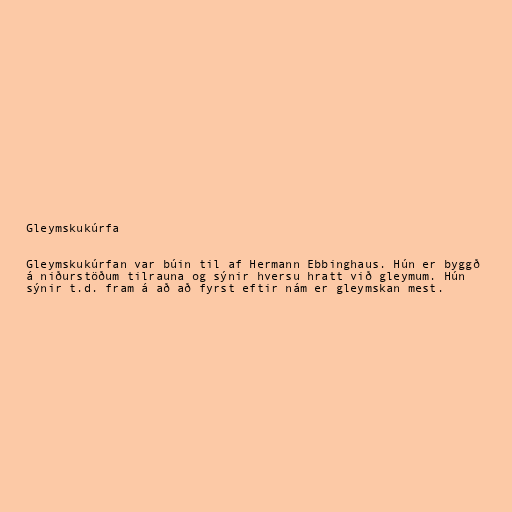
Gleymskukúrfa

Gleymskukúrfan var búin til af Hermann Ebbinghaus. Hún er byggð
á niðurstöðum tilrauna og sýnir hversu hratt við gleymum. Hún
sýnir t.d. fram á að að fyrst eftir nám er gleymskan mest.